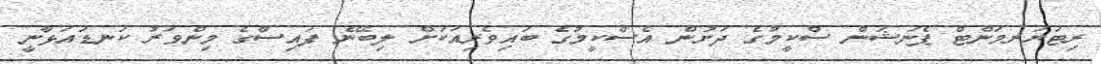
ރިޓަޔަރމަންޓް ޕެނަޝަން ސްކީމުގެ ދަށުން އެސްކީމުގެ ބައިވެރިއަކަށް ލިބޭނެ ފައިސާގެ މިންވަރު ކަނޑައަޅާނީ